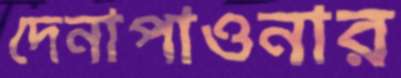
দেনাপাওনার